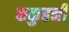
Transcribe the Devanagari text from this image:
ककुहनी